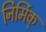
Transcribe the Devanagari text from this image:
निर्मिक्